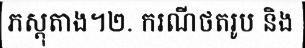
ភស្តុតាង។២. ករណីថតរូប និង